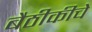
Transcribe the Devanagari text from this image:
बैठीकीचे